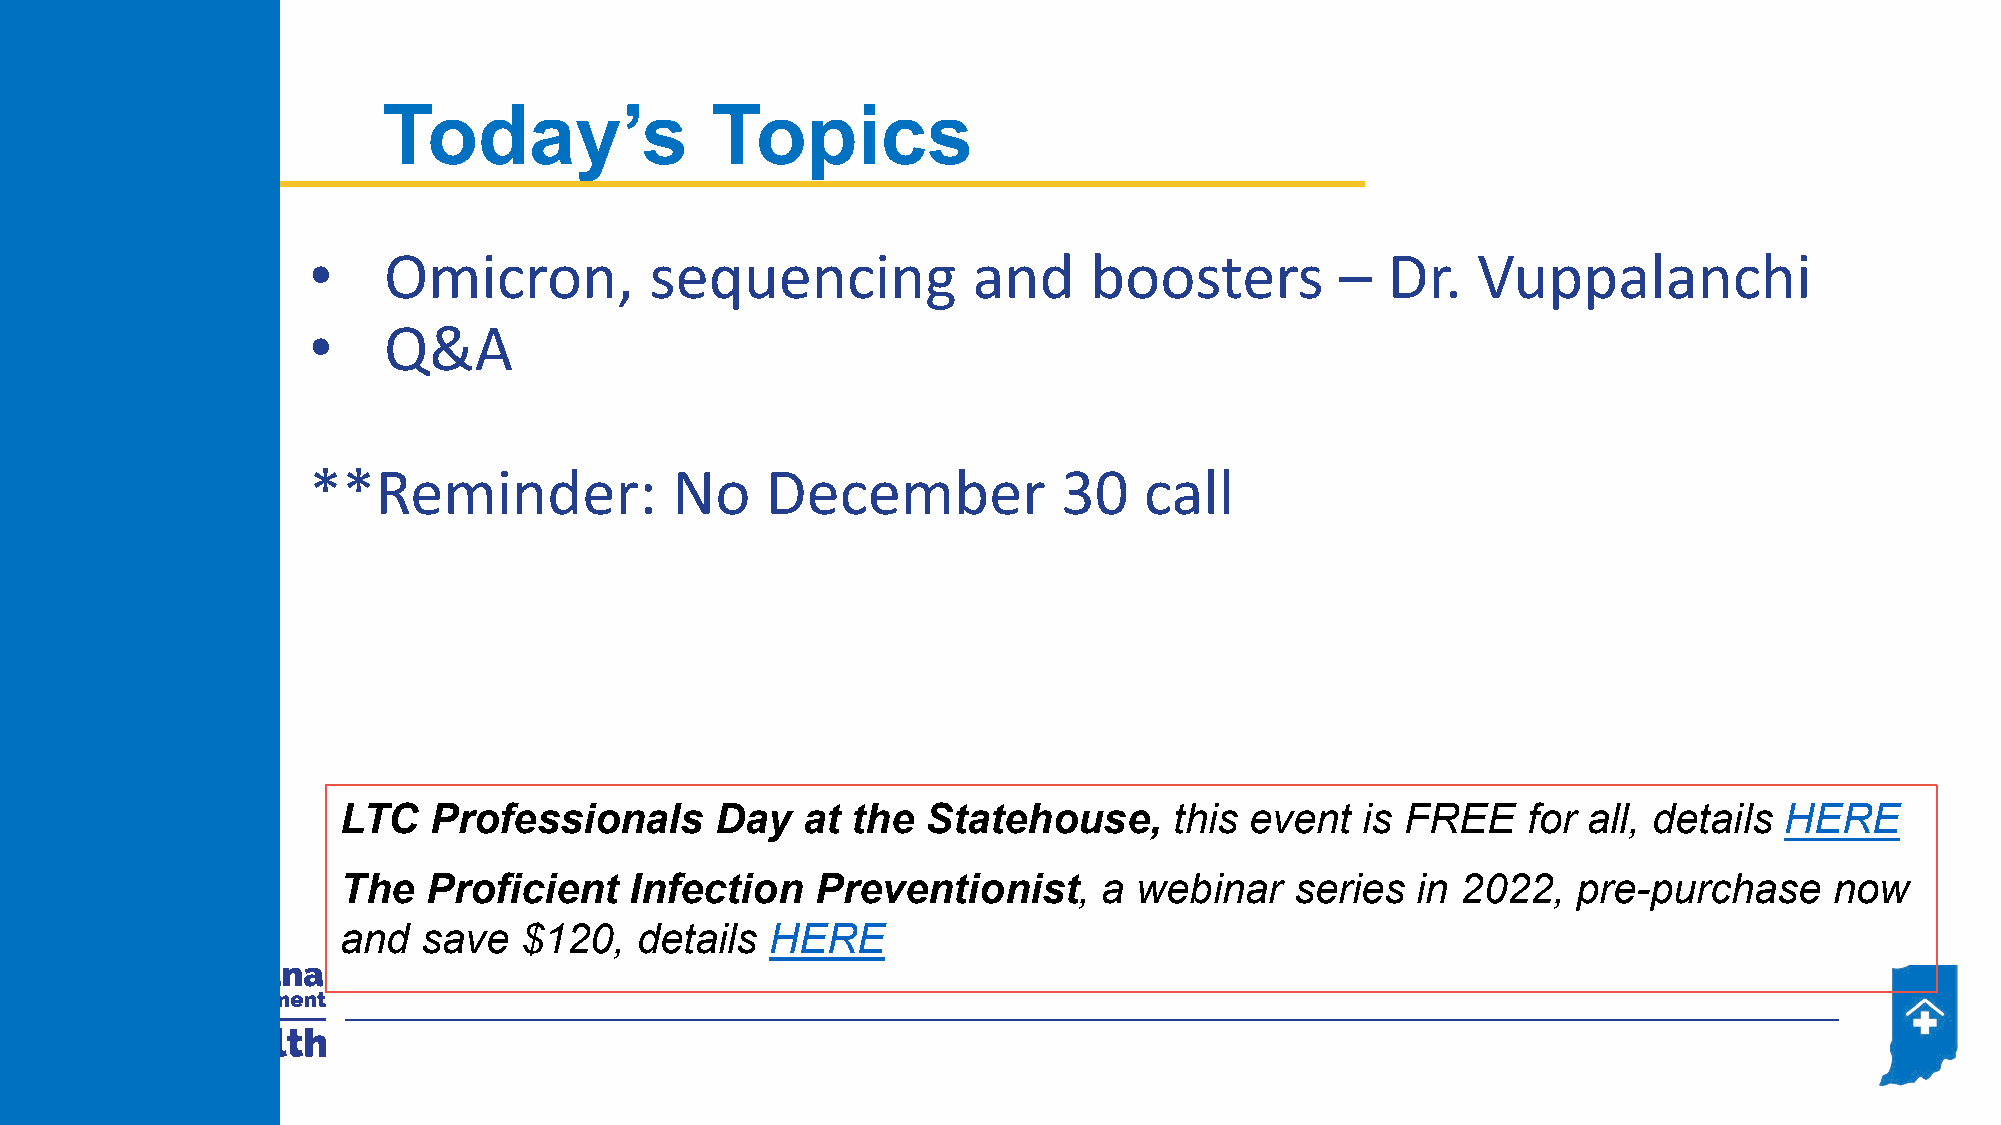
Today’s               Topics
 •    Omicron,          sequencing           and     boosters         –  Dr.   Vuppalanchi
 •    Q&A
 **Reminder:             No     December           30    call
 LTC  Professionals      Day   at the  Statehouse,      this event  is FREE    for all, details HERE
 The  Proficient    Infection   Preventionist,     a webinar    series  in 2022,  pre-purchase     now
 and  save  $120,   details  HERE